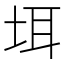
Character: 𪣌